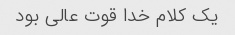
یک کلام خدا قوت عالی بود